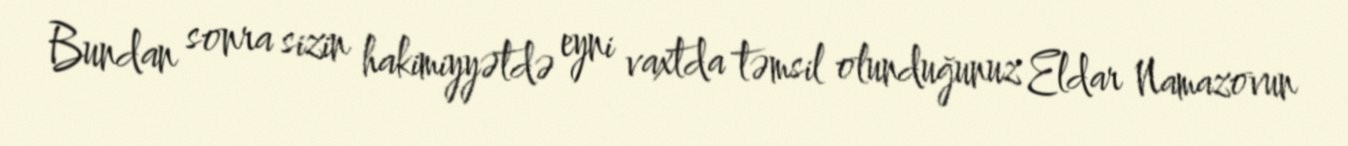
Bundan sonra sizin hakimiyyətdə eyni vaxtda təmsil olunduğunuz Eldar Namazovun